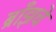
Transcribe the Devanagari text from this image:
ब्राँझचे